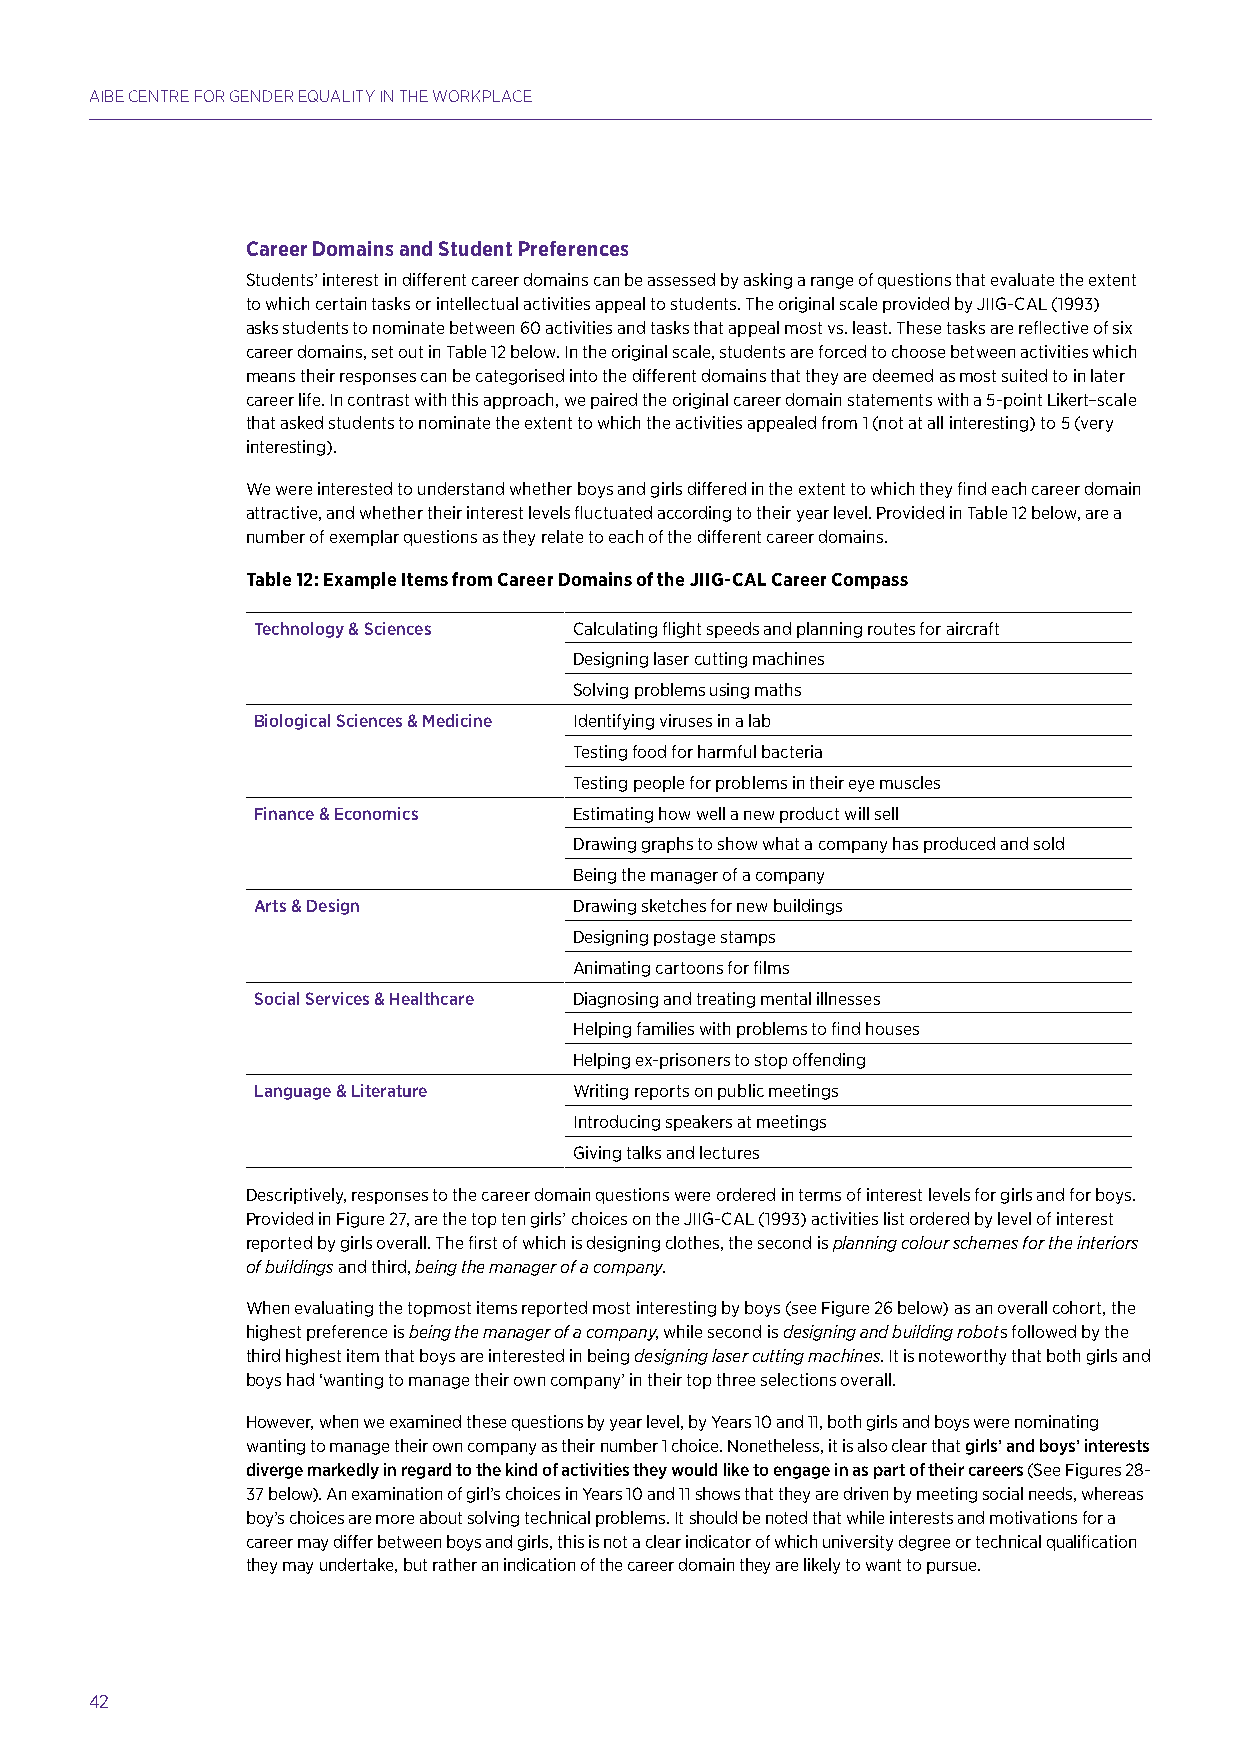
AIBE CENTRE FOR GENDER EQUALITY IN THE WORKPLACE
 Career Domains and Student Preferences
 Students’ interest in different career domains can be assessed by asking a range of questions that evaluate the extent
 to which certain tasks or intellectual activities appeal to students. The original scale provided by JIIG-CAL (1993)
 asks students to nominate between 60 activities and tasks that appeal most vs. least. These tasks are reflective of six
 career domains, set out in Table 12 below. In the original scale, students are forced to choose between activities which
 means their responses can be categorised into the different domains that they are deemed as most suited to in later
 career life. In contrast with this approach, we paired the original career domain statements with a 5-point Likert–scale
 that asked students to nominate the extent to which the activities appealed from 1 (not at all interesting) to 5 (very
 interesting).
 We were interested to understand whether boys and girls differed in the extent to which they find each career domain
 attractive, and whether their interest levels fluctuated according to their year level. Provided in Table 12 below, are a
 number of exemplar questions as they relate to each of the different career domains.
 Table 12: Example Items from Career Domains of the JIIG-CAL Career Compass
 Technology & Sciences Calculating flight speeds and planning routes for aircraft
 Designing laser cutting machines
 Solving problems using maths
 Biological Sciences & Medicine Identifying viruses in a lab
 Testing food for harmful bacteria
 Testing people for problems in their eye muscles
 Finance & Economics  Estimating how well a new product will sell
 Drawing graphs to show what a company has produced and sold
 Being the manager of a company
 Arts & Design        Drawing sketches for new buildings
 Designing postage stamps
 Animating cartoons for films
 Social Services & Healthcare Diagnosing and treating mental illnesses
 Helping families with problems to find houses
 Helping ex-prisoners to stop offending
 Language & Literature Writing reports on public meetings
 Introducing speakers at meetings
 Giving talks and lectures
 Descriptively, responses to the career domain questions were ordered in terms of interest levels for girls and for boys.
 Provided in Figure 27, are the top ten girls’ choices on the JIIG-CAL (1993) activities list ordered by level of interest
 reported by girls overall. The first of which is designing clothes, the second is planning colour schemes for the interiors
 of buildings and third, being the manager of a company.
 When evaluating the topmost items reported most interesting by boys (see Figure 26 below) as an overall cohort, the
 highest preference is being the manager of a company, while second is designing and building robots followed by the
 third highest item that boys are interested in being designing laser cutting machines. It is noteworthy that both girls and
 boys had ‘wanting to manage their own company’ in their top three selections overall.
 However, when we examined these questions by year level, by Years 10 and 11, both girls and boys were nominating
 wanting to manage their own company as their number 1 choice. Nonetheless, it is also clear that girls’ and boys’ interests
 diverge markedly in regard to the kind of activities they would like to engage in as part of their careers (See Figures 28-
 37 below). An examination of girl’s choices in Years 10 and 11 shows that they are driven by meeting social needs, whereas
 boy’s choices are more about solving technical problems. It should be noted that while interests and motivations for a
 career may differ between boys and girls, this is not a clear indicator of which university degree or technical qualification
 they may undertake, but rather an indication of the career domain they are likely to want to pursue.
 42